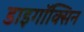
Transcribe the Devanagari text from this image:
डाइगॉक्सिन